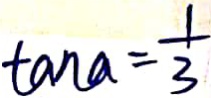
\tan a = \frac { 1 } { 3 }